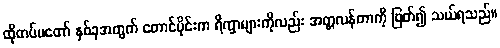
ထိုတပ်မတော် နှစ်ခုအတွက် တောင်ပိုင်းက ရိက္ခာများကိုလည်း အတ္တလန်တာကို ဖြတ်၍ သယ်ရသည်။